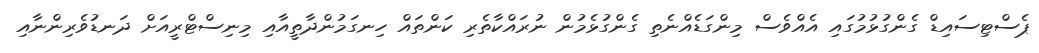
ޕެސްޓިސައިޑް ގެންގުޅުމުގައި އެއްވެސް މިންގަޑެއްނެތި ގެންގުޅެމުން ނުރައްކާތެރި ކަންތައް ހިނގަމުންދާތީއާއި މިނިސްޓްރީއަށް ދަނޑުވެރިންނާއި